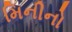
મિનીનો